Medical and sanitary report of the native army of Bengal for the year
Year: 1874
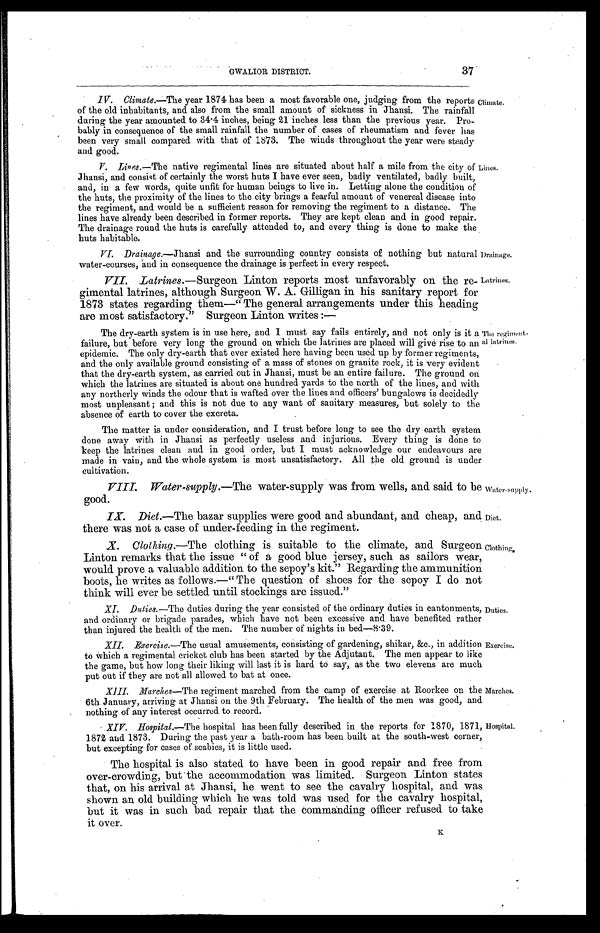
Drainage.
Latrines.
Water-supply.
Diet.
Clothing.
37
GWALIOR DISTRICT.
I V. Climate.—The year 1874 has been a most favorable one, judging from the reports
of the old inhabitants, and also from the small amount of sickness in Jhansi. The rainfall
during the year amounted to 34 . 4 inches, being 21 inches less than the previous year. Pro-
bably in consequence of the small rainfall the number of cases of rheumatism and fever has
been very small compared with that of 1873. The winds throughout the year were steady
and good.
Climate.
V.Lines.― The native regimental lines are situated about half a mile from the city of
Jhansi, and consist of certainly the worst huts I have ever seen, badly ventilated, badly built,
and, in a few words, quite unfit for human beings to live in. Letting alone the condition of
the huts, the proximity of the lines to the city brings a fearful amount of venereal disease into
the regiment, and would be a sufficient reason for removing the regiment to a distance. The
lines have already been described in former reports. They are kept clean and in good repair.
The drainage round the huts is carefully attended to, and every thing is done to make the
huts habitable.
VI. Drainage.— Jhansi and the surrounding country consists of nothing but natural
water-courses, and in consequence the drainage is perfect in every respect.
VII. Latrines.—Surgeon Linton reports most unfavorably on the re-
gimental latrines, although Surgeon W. A. Gilligan in his sanitary report for
1873 states regarding them—"The general arrangements under this heading
are most satisfactory." Surgeon Linton writes :—
Lines.
The dry-earth system is in use here, and I must say fails entirely, and not only is it a
failure, but before very long the ground on which the latrines are placed will give rise to an
epidemic. The only dry-earth that ever existed here having been used up by former regiments,
and the only available ground consisting of a mass of stones on granite rock, it is very evident
that the dry-earth system, as carried out in Jhansi, must be an entire failure. The ground on
which the latrines are situated is about one hundred yards to the north of the lines, and with
any northerly winds the odour that is wafted over the lines and officers' bungalows is decidedly
most unpleasant ; and this is not due to any want of sanitary measures, but solely to the
absence of earth to cover the excreta.
The regiment-
al latrines.
The matter is under consideration, and I trust before long to see the dry earth system
done away with in Jhansi as perfectly useless and injurious. Every thing is done to
keep the latrines clean and in good order, but I must acknowledge our endeavours are
made in vain, and the whole system is most unsatisfactory. All the old ground is under
cultivation.
VIII. Water-supply.—The water-supply was from wells, and said to be
good.
IX. Diet.—The bazar supplies were good and abundant, and cheap, and
there was not a case of under-feeding in the regiment.
Clothing.—The clothing is suitable to the climate, and Surgeon
Linton remarks that the issue " of a good blue jersey, such as sailors wear,
would prove a valuable addition to the sepoy's kit." Regarding the ammunition
boots, he writes as follows.—" The question of shoes for the sepoy I do not
think will ever be settled until stockings are issued."
XI. Duties.—The duties during the year consisted of the ordinary duties in cantonments,
and ordinary or brigade parades, which have not been excessive and have benefited rather
than injured the health of the men. The number of nights in bed ― 8. 39.
XII. Evercise.—The usual amusements, consisting of gardening, shikar, &c., in addition
to Which a regimental cricket club has been started by the Adjutant. The men appear to like
the game, but how long their liking will last it is hard to say, as the two elevens are much
put out if they are not all allowed to bat at once.
XIII. Marches—The regiment marched from the camp of exercise at Roorkee on the
6th. January, arriving at Jhansi on the 9th February. The health of the men was good, and
nothing of any interest occurred to record.
Duties.
Exercise.
Marches,
XIV. Hospital.—The hospital has been fully described in the reports for 1870, 1871,
1872 and 1873. During the past year a bath-room has been built at the south-west corner,
but excepting for cases of scabies, it is little used.
The hospital is also stated to have been in good repair and free from
over-crowding, but the accommodation was limited. Surgeon Linton states
that, on his arrival at Jhansi, he went to see the cavalry hospital, and was
shown an old building which he was told was used for the cavalry hospital,
but it was in such bad repair that the commanding officer refused to take
it over.
K
Hospital.